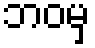
ဘဝမှ